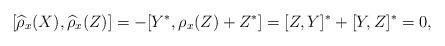
LaTeX: \begin{align*} [\widehat{\rho}_x(X), \widehat{\rho}_x(Z)] = -[Y^*, \rho_x(Z) + Z^*] = [Z, Y]^* + [Y, Z]^* = 0, \end{align*}